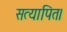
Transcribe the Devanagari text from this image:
सत्यापित।